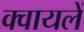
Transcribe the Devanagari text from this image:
क्वायलें